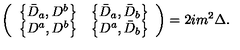
\left( \begin{array} { c c } { \left\{ \bar { D } _ { a } , D ^ { b } \right\} } & { \left\{ \bar { D } _ { a } , \bar { D } _ { b } \right\} } \\ { \left\{ D ^ { a } , D ^ { b } \right\} } & { \left\{ D ^ { a } , \bar { D } _ { b } \right\} } \\ \end{array} \right) = 2 i m ^ { 2 } \Delta .